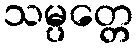
သမ္ပတ္တေ